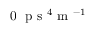
0 ~ \mathrm { ~ p ~ s ~ } ^ { 4 } \mathrm { ~ m ~ } ^ { - 1 }